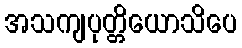
အသကျပုတ္တိယောသိပေ